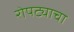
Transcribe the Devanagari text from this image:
रोपट्याचा